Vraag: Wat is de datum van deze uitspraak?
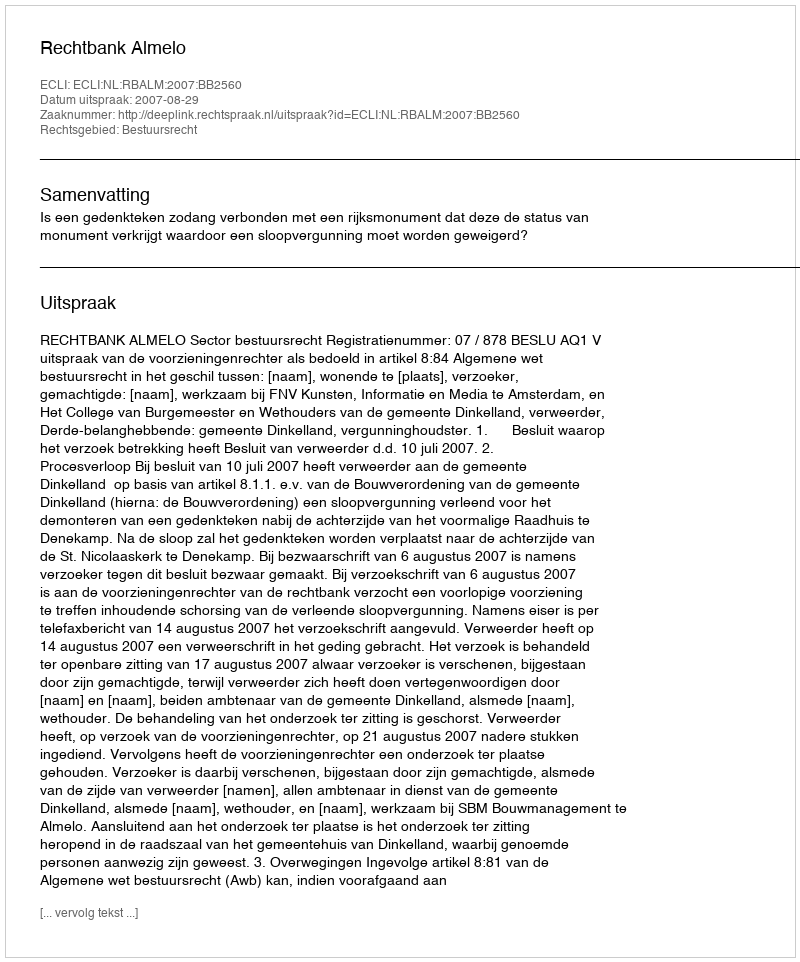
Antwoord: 2007-08-29